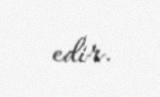
edir.